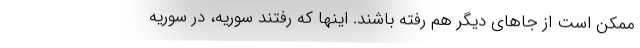
ممکن است از جاهای دیگر هم رفته باشند. اینها که رفتند سوریه، در سوریه